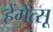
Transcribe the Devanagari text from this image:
हेंगेत्सू